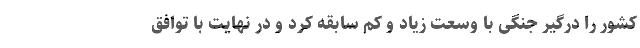
کشور را درگیر جنگی با وسعت زیاد و کم سابقه کرد و در نهایت با توافق